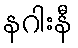
နဂါးနီ